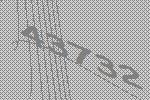
43732